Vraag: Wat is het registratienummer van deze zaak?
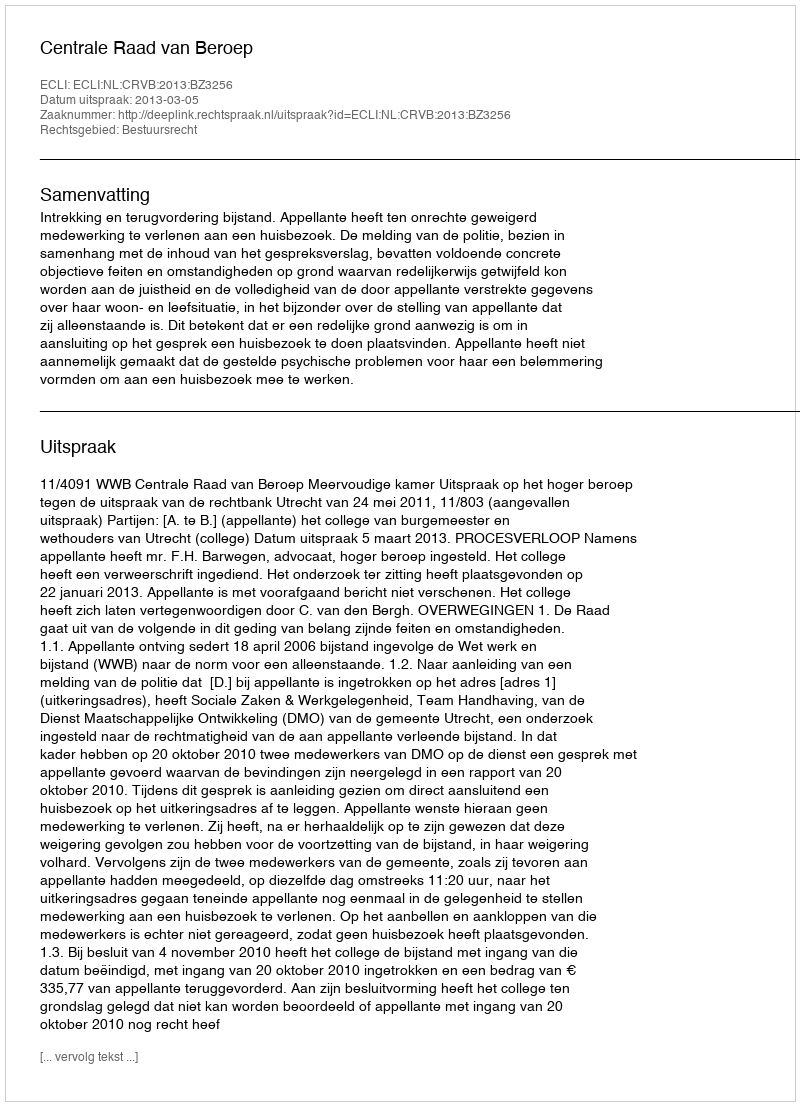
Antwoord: http://deeplink.rechtspraak.nl/uitspraak?id=ECLI:NL:CRVB:2013:BZ3256